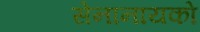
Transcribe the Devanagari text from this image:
सेनानायको